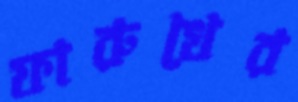
ফারুখের